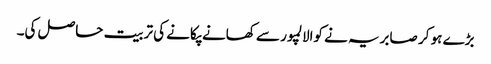
بڑے ہو کر صابریہ نے کوالالمپور سے کھانے پکانے کی تربیت حاصل کی۔